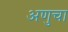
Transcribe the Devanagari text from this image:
अणुचा